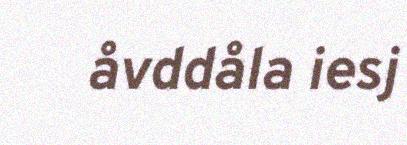
åvddåla iesj